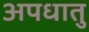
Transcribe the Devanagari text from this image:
अपधातु